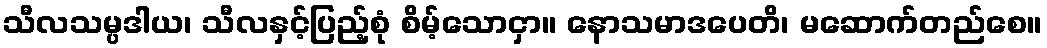
သီလသမ္ပဒါယ၊ သီလနှင့်ပြည့်စုံ စိမ့်သောငှာ။ နောသမာဒပေတိ၊ မဆောက်တည်စေ။